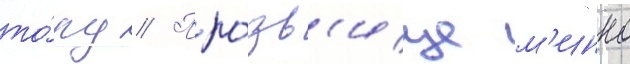
то́ру // Про́зв'ище м'инко